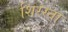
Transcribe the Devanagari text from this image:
शिरस्ता